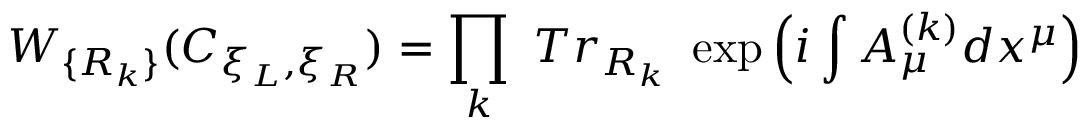
W _ { \{ R _ { k } \} } ( C _ { \xi _ { L } , \xi _ { R } } ) = \prod _ { k } ~ T r _ { R _ { k } } ~ \exp \left( i \int A _ { \mu } ^ { ( k ) } d x ^ { \mu } \right)